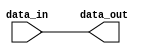
module bidirectional_buffer_gate(
    input wire data_in,
    output wire data_out
);

assign data_out = data_in;

endmodule